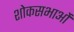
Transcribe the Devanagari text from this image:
शोकसभाओं